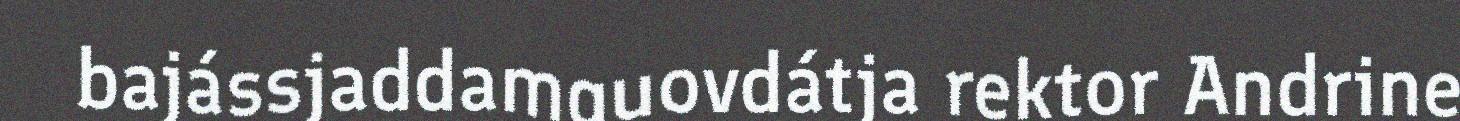
bajássjaddamguovdátja rektor Andrine